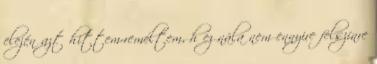
elején azt hittem-reméltem, h ez nála nem ennyire felszínre